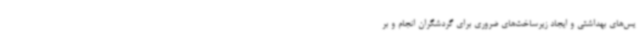
یس‌های بهداشتی و ایجاد زیرساخت‌های ضروری برای گردشگران انجام و بر